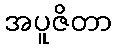
အပူဇိတာ